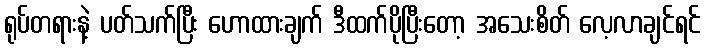
ရုပ်တရားနဲ့ ပတ်သက်ပြီး ဟောထားချက် ဒီထက်ပိုပြီးတော့ အသေးစိတ် လေ့လာချင်ရင်